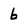
Character: 6